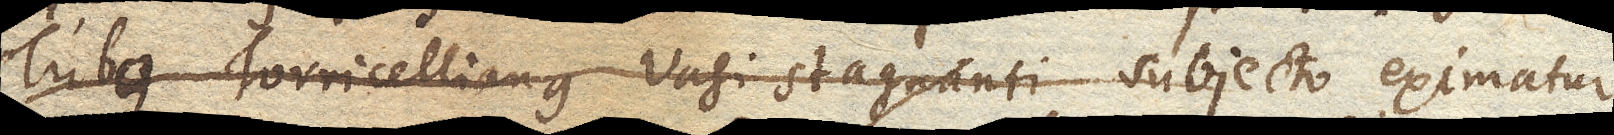
Tubus Torricellianus vasi stagnanti subjecto eximatur,